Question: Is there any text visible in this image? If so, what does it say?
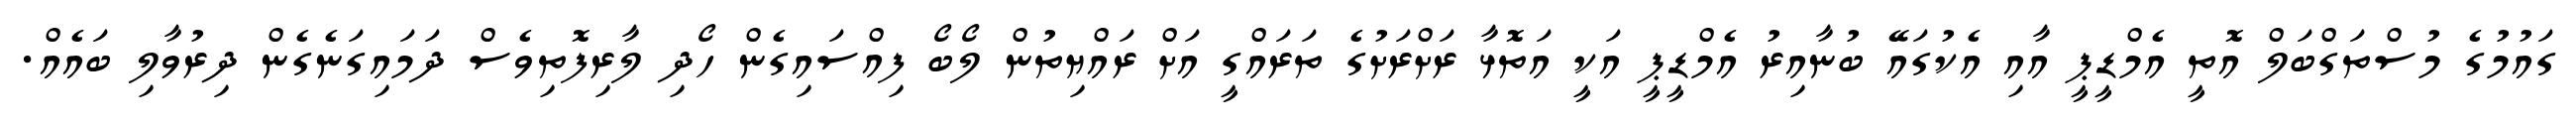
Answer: ގައުމުގެ މުސްތަގްބަލް އޮތީ އެމްޑީޕީ އާއި އެކުގައޭ ބުނާއިރު އެމްޑީޕީ އަކީ އަތޮޅާ ރަށްރަށުގެ ތަރައްގީ އަށް ރައްޔިތުން ލޯބޯ ފިއްސައިގެން ހޯދި ލާރިފޮތިވެސް ދަމައިގަނެގެން ދިރުވާލި ބައެއް.